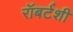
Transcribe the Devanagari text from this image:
रॉबर्टशी